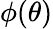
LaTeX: \phi(\theta)